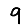
Digit: 9